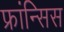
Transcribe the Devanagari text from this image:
फ्रांन्सिस